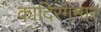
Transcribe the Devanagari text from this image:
कादिरगमार